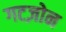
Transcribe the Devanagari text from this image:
गटज़ोन